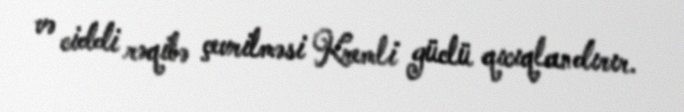
və ciddi rəqibə çevrilməsi Kremli güclü qıcıqlandırır.